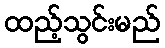
ထည့်သွင်းမည်